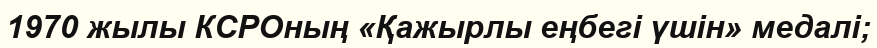
1970 жылы КСРОның «Қажырлы еңбегі үшін» медалі;